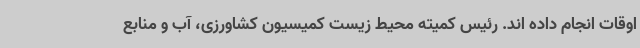
اوقات انجام داده اند. رئیس کمیته محیط زیست کمیسیون کشاورزی، آب و منابع